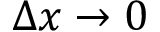
\Delta x \to 0